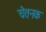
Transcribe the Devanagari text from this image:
चेतनक